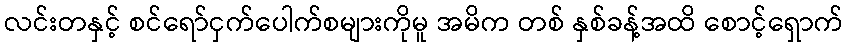
လင်းတနှင့် စင်ရော်ငှက်ပေါက်စများကိုမူ အမိက တစ် နှစ်ခန့်အထိ စောင့်ရှောက်